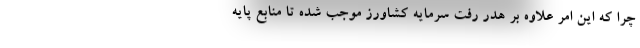
چرا که این امر علاوه بر هدر رفت سرمایه کشاورز موجب شده تا منابع پایه